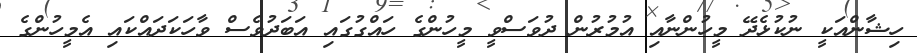
ހިޝާންއަކީ ނުކުޅެދޭ މީހުންނާއި އުމުރުން ދުވަސްވީ މީހުންގެ ހައްގުގައި އަބަދުވެސް ވާހަކަދައްކައި އެމީހުންގެ